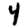
Digit: 4